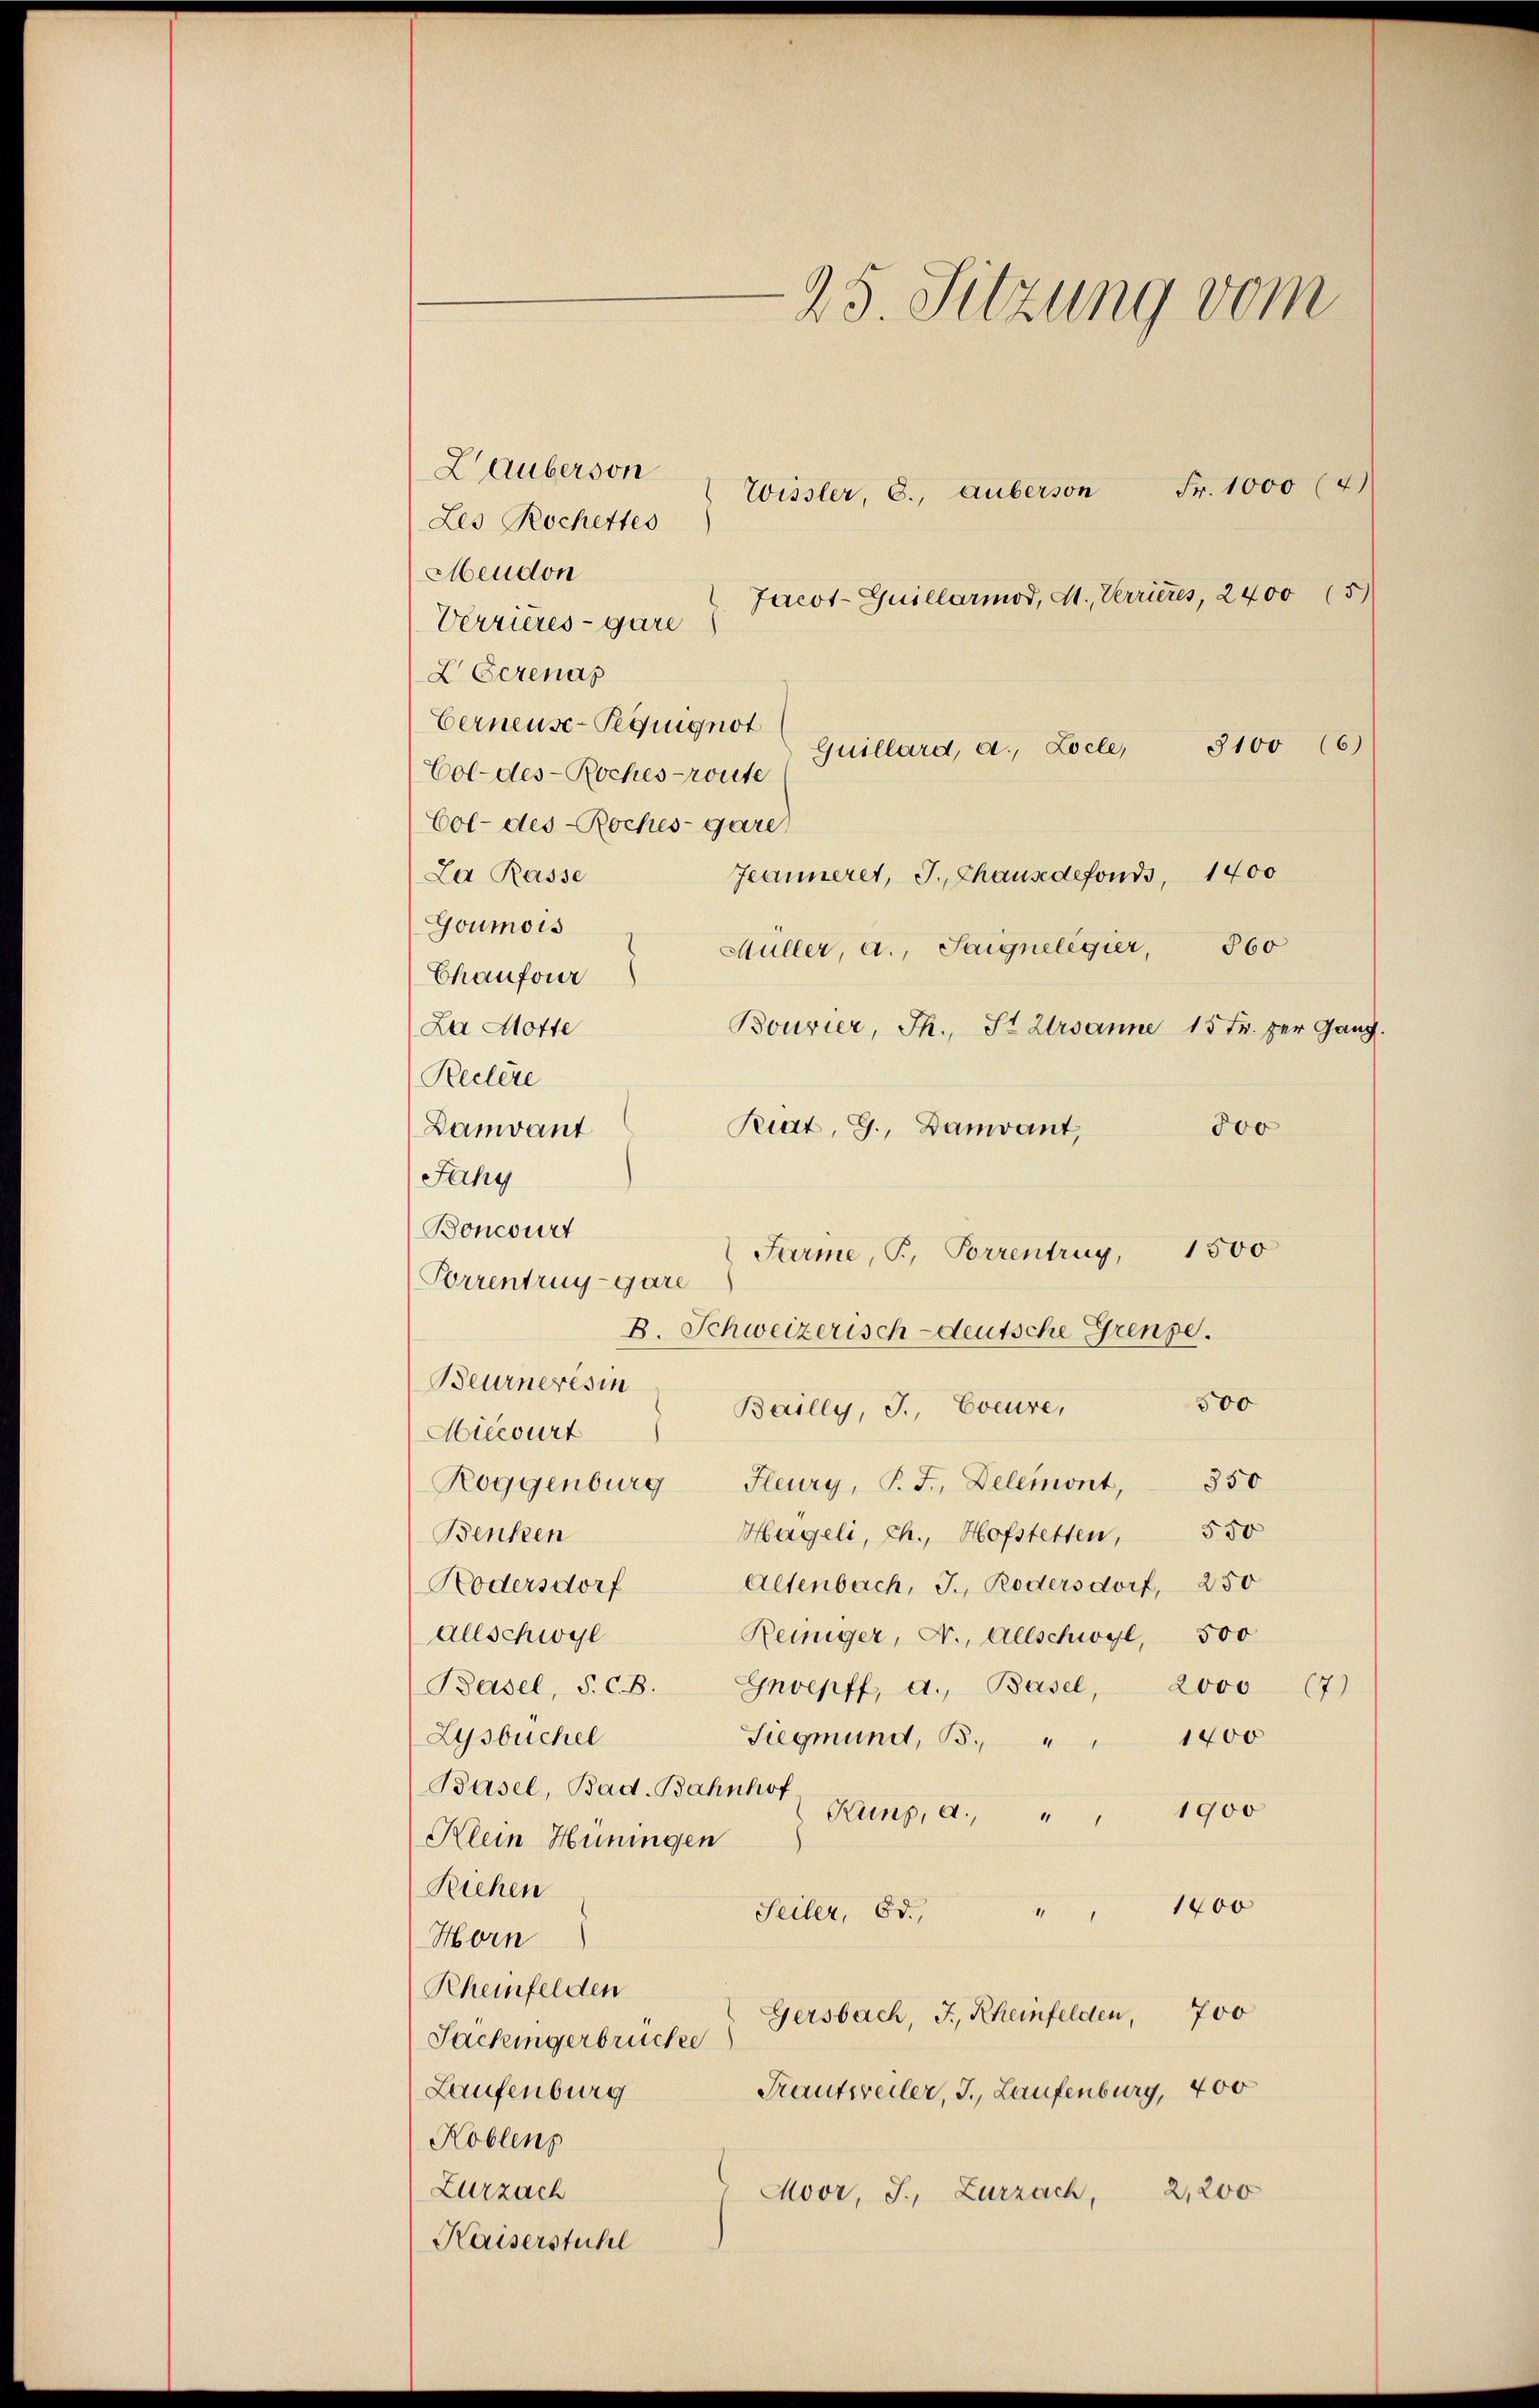
Lauberson
Wissler 6., auberson Fr. 1000 (4)
Les Rochettes
Meudon
Jacot-Guillarmod, M., Verrieres, 2400 (5)
Verrieres - gare
L Serenas
Eerneuse-Peguignot
Quillard, a., Locle, 3100 (6)
Col-des- Roches route
Col- des Roches-gare
Jeanneret, J. Chausedefonds, 1400
La Rasse
Goumois
Müller, a., Saignelegier, 360
Chaufour
Bourier, Th., St. Ursanne 15 Fr. per Gang
La Motte
Reclere
Riat, G., Damvant,
300
Lamvant
Jahy
Boncourt
1500
Farine, P. Porrentrug,
Porrentrug -gare
B. Schweizerisch-deutsche Grenze.
Beurnerist Bailly, J. Eveure,
500
Hiecourt
350
Fleury, P. J., Delemont
Roggenburg
550
Hageli, ch., Hofstetten,
Benken
Altenbach, J. Rodersdorf, 250
Kodersdorf
Allschwyl
Reiniger, Fr., Allschwyl, 500
Basel, S. B. Gnoepff, d. Basel, 2000 (7)
1400
Zysbuchel
Siegmund, B.
Basel, Bad. Bahnhof Hang, d. " " 1900
Klein Hüningen
Riechen
Seiler, Bd. " " 1400
Horn
Rheinfelden
Gersbach, J., Rheinfelden, 700
Sackingerbruche
Trautweiler, J., Laufenburg, 400
Laufenburg
Koblens
Zurzach
Moor, S. Zurzach, 2,200
Kaiserstühl

25. Sitzung vom